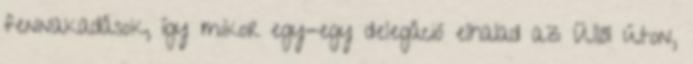
fennakadások, így mikor egy-egy delegáció elhalad az Üllői úton,